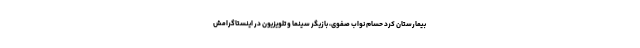
بیمارستان کرد حسام نواب صفوی، بازیگر سینما و تلویزیون در اینستاگرامش